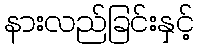
နားလည်ခြင်းနှင့်